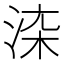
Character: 𱦙